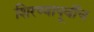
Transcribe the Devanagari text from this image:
शिरण्यापूर्वीच